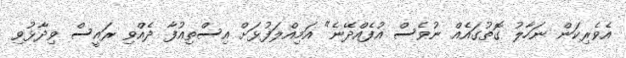
އެވެރިކަން ނަހާލު ގޮތުގައެއް ނުވެސް އުފެއްދޭނެ" އަމިއްލަފުޅަށް އިސްތިއުފާ ދެއްވި ރައީސް ވިދާޅުވި